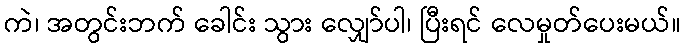
ကဲ၊ အတွင်းဘက် ခေါင်း သွား လျှော်ပါ၊ ပြီးရင် လေမှုတ်ပေးမယ်။